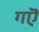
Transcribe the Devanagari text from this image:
गऎ